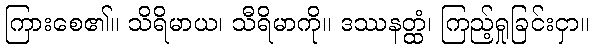
ကြားစေ၏။ သိရိမာယ၊ သီရိမာကို။ ဒဿနတ္ထံ၊ ကြည့်ရှုခြင်းငှာ။